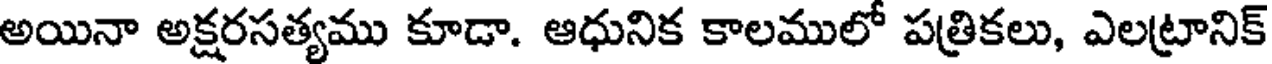
అయినా అక్షరసత్యము కూడా. ఆధునిక కాలములో పత్రికలు, ఎలట్రానిక్